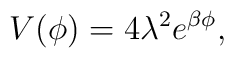
V(\phi)=4\lambda^2e^{\beta\phi},